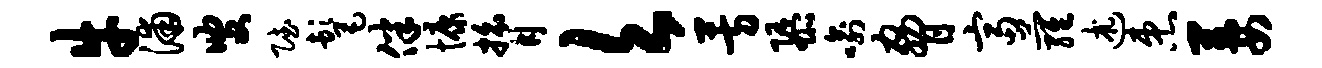
牛浦叟赋髦伴慷膂欠芳隳喻胁富萝述患萋